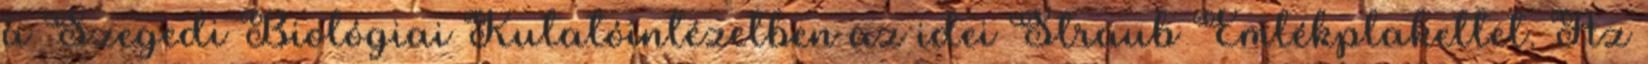
a Szegedi Biológiai Kutatóintézetben az idei Straub Emlékplakettet. Az